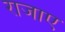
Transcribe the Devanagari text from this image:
राजाए